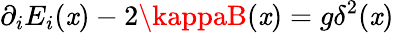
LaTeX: \partial_{i}E_{i}(\mathit{x})-2\kappaB(\mathit{x})=g\delta^{2}(\mathit{x})